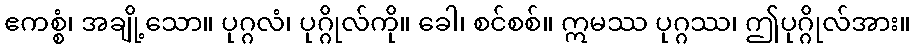
ဧကစ္စံ၊ အချို့သော။ ပုဂ္ဂလံ၊ ပုဂ္ဂိုလ်ကို။ ခေါ၊ စင်စစ်။ ဣမဿ ပုဂ္ဂဿ၊ ဤပုဂ္ဂိုလ်အား။